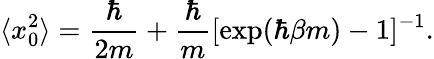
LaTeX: \langle x_{0}^{2}\rangle={\frac{\hbar}{2m}}+{\frac{\hbar}{m}}[\exp(\hbar\beta m)-1]^{-1}.